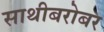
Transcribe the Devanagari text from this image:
साथीबरोबर